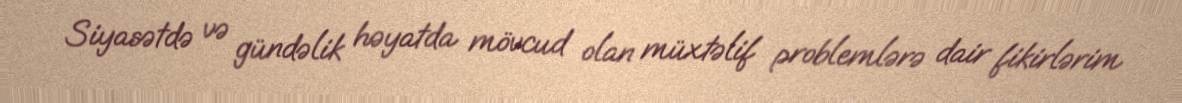
Siyasətdə və gündəlik həyatda mövcud olan müxtəlif problemlərə dair fikirlərim